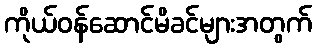
ကိုယ်ဝန်ဆောင်မိခင်များအတွက်